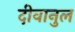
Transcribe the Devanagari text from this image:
दीवानुल